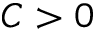
C > 0